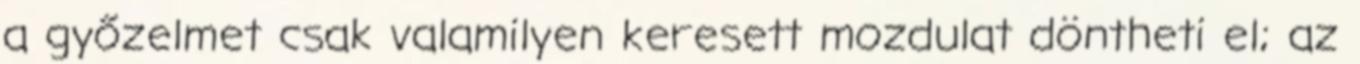
a győzelmet csak valamilyen keresett mozdulat döntheti el; az